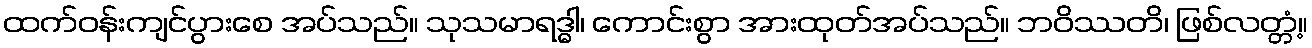
ထက်ဝန်းကျင်ပွားစေ အပ်သည်။ သုသမာရဒ္ဓါ၊ ကောင်းစွာ အားထုတ်အပ်သည်။ ဘဝိဿတိ၊ ဖြစ်လတ္တံ့။